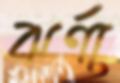
ঝর্ণা